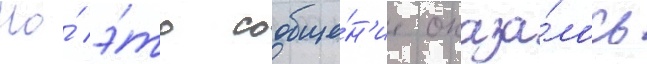
Но́ э́то сообще́н'ие оказа́лось